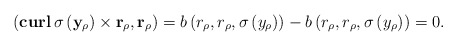
\begin{align*}\left( \mathbf{curl}\,\sigma\left(\mathbf y_\rho\right)\times \mathbf r_\rho,\mathbf r_\rho\right)=b\left(r_\rho,r_\rho,\sigma\left(y_\rho\right)\right)-b\left(r_\rho,r_\rho,\sigma\left(y_\rho\right)\right)=0.\end{align*}